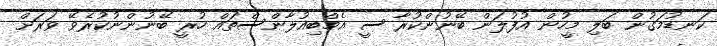
ކަނޑުމަގުން ބަލި މީހުން އުފުލަން ބޭނުންކުރާ ސީ އެމްބިއުލާންސްތައް ހުރީ ބޭނުންނުކުރެވޭ ވަރަށް